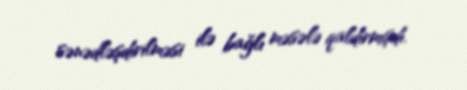
sənədləşdirilməsi ilə bağlı məsələ qaldırmışdı.